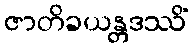
ဇာတိခယန္တဒဿိံ